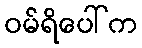
ဝမ်ရိပေါ်က